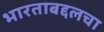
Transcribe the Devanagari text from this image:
भारताबद्दलचा